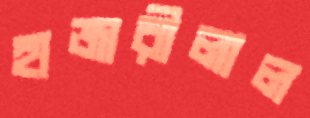
হাজারীলাল